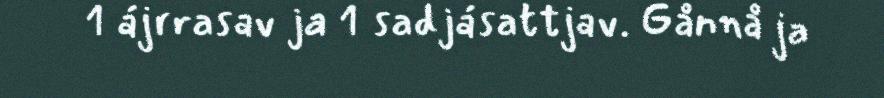
1 ájrrasav ja 1 sadjásattjav. Gånnå ja